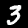
Digit: 3